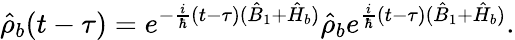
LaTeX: \hat{\rho}_{b}(t-\tau)=e^{-\frac{i}{\hbar}(t-\tau)(\hat{B}_{1}+\hat{H}_{b})}\hat{\rho}_{b}e^{\frac{i}{\hbar}(t-\tau)(\hat{B}_{1}+\hat{H}_{b})}.